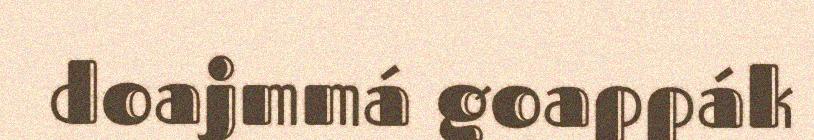
doajmmá goappák